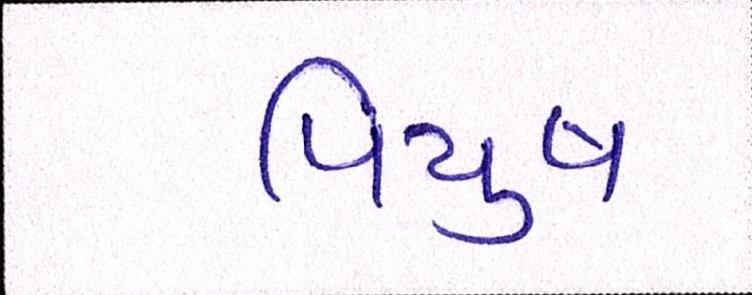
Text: પિયુષ